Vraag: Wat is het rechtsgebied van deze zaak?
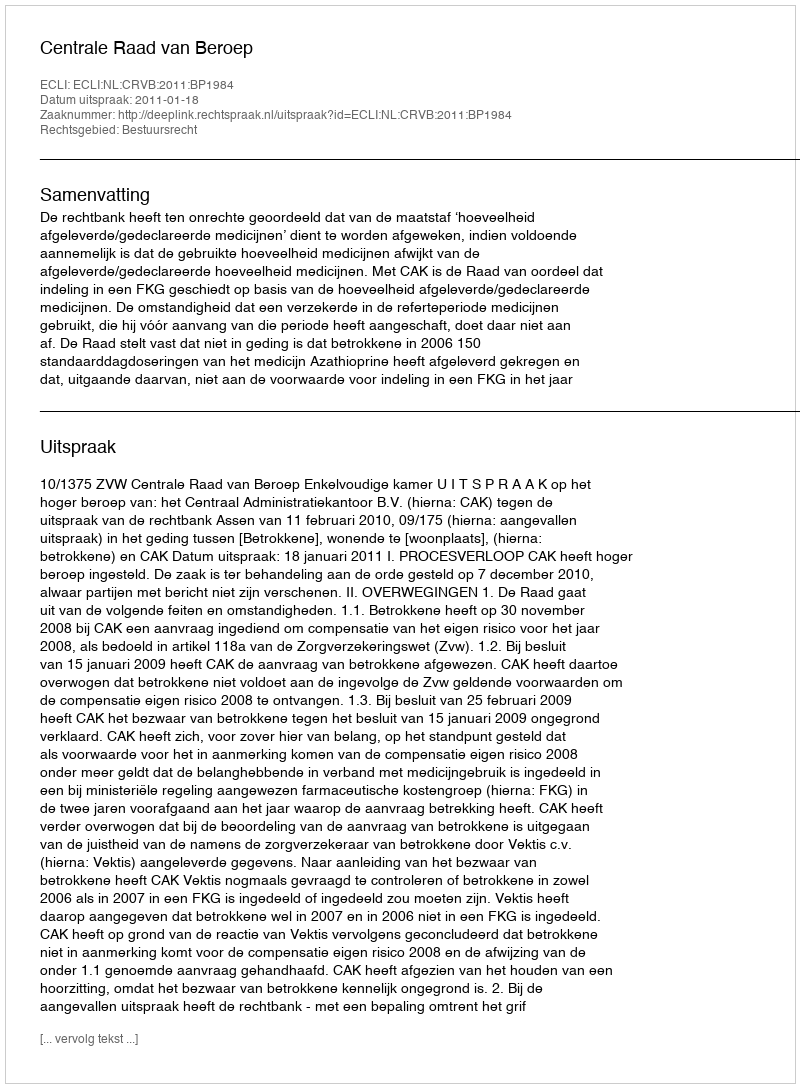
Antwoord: Bestuursrecht